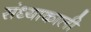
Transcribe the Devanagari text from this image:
संध्याकाली